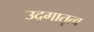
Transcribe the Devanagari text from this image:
उद्गातृत्व